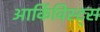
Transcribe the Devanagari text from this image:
आर्किविस्ट्स